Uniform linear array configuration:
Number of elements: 12
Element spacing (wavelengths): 0.5
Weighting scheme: uniform
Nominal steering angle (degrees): -15
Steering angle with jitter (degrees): -15.012
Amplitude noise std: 0.05
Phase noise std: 0.05

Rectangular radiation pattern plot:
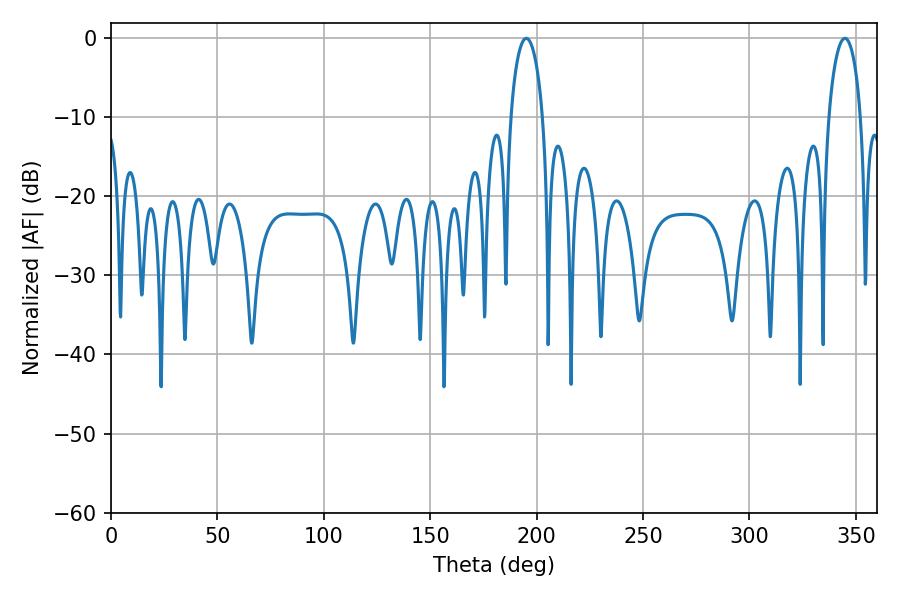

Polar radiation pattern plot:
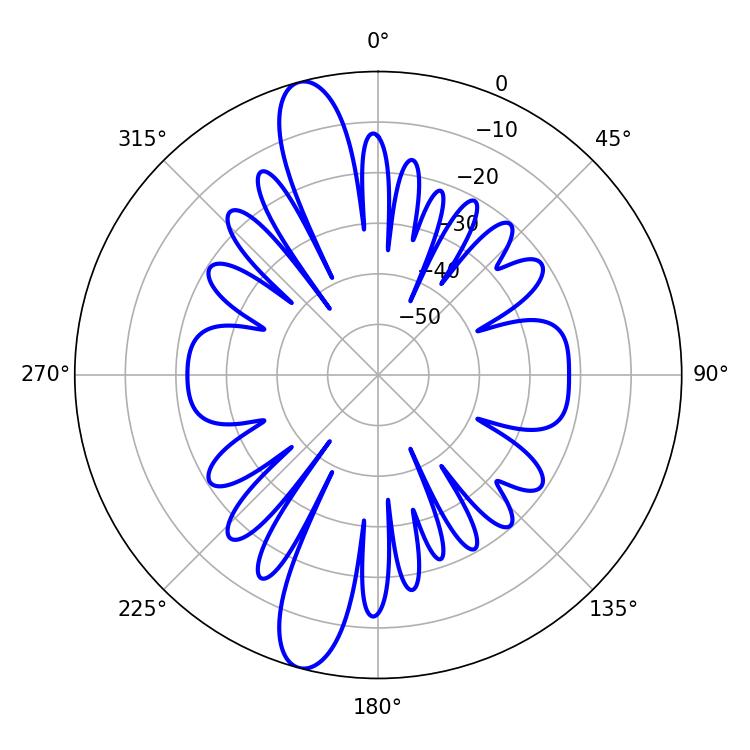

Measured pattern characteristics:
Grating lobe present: FALSE
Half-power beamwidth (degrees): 8.64
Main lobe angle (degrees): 195.12